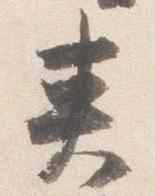
夾